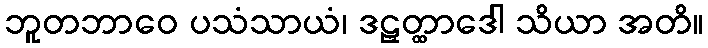
ဘူတဘာဝေ ပသံသာယံ၊ ဒဠှတ္ထာဒေါ သိယာ အတိ။